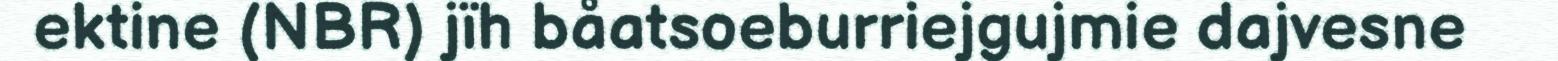
ektine (NBR) jïh båatsoeburriejgujmie dajvesne